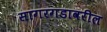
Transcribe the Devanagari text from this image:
सागरगडावरील